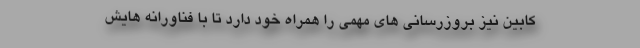
کابین نیز بروزرسانی های مهمی را همراه خود دارد تا با فناورانه هایش